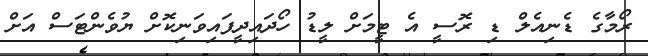
ރޯމާގެ ޑެނިއެލް ޑި ރޮސީ އެ ޓީމަށް ލީޑު ހޯދައިދީފައިވަނިކޮށް ޔުވެންޓަސް އަށް